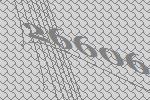
26606